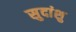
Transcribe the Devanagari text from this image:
सुदांशु